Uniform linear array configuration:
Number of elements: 48
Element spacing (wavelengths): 0.5
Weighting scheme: cosine
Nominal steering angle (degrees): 30
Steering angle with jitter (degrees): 31.196
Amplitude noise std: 0.05
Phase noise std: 0.05

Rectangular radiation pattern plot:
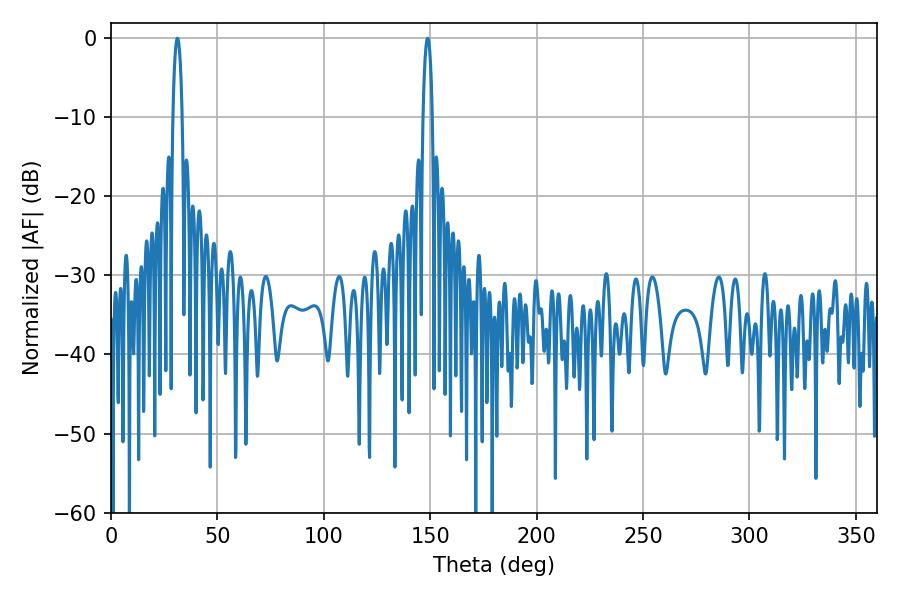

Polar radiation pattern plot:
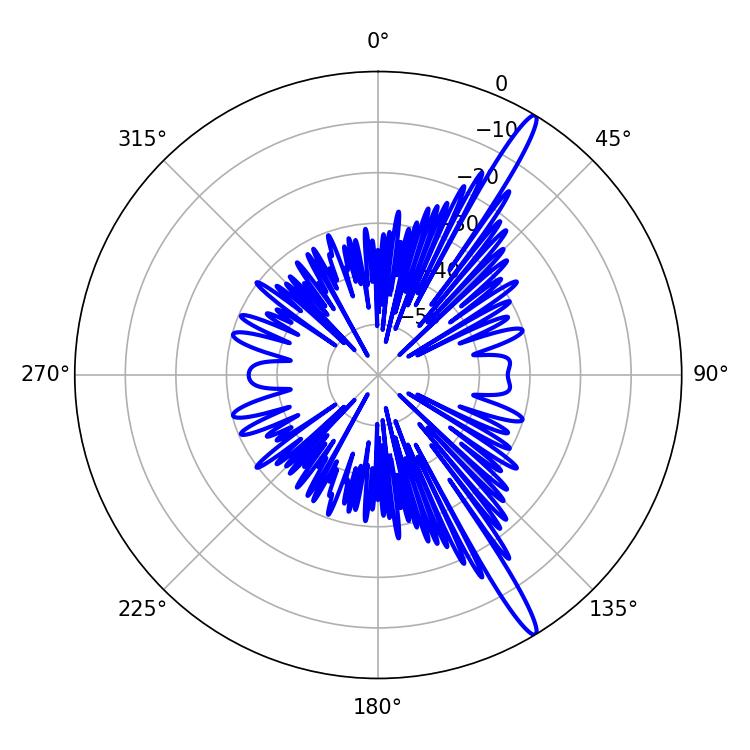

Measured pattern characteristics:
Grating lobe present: FALSE
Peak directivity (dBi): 15.963
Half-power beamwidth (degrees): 2.34
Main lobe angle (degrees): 31.14